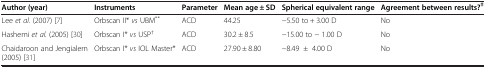
<table><thead><tr><td><b>Author (year)</b></td><td><b>Instruments</b></td><td><b>Parameter</b></td><td><b>Mean age ± SD</b></td><td><b>Spherical equivalent range</b></td><td><b>Agreement between results?<sup>‡</sup></b></td></tr></thead><tbody><tr><td>Lee <i>et al.</i> (2007)[7]</td><td>Orbscan II* <i>vs</i> UBM<sup>**</sup></td><td>ACD</td><td>44.25</td><td>-5.50 to + 3.00 D</td><td>No</td></tr><tr><td>Hashemi <i>et al.</i> (2005)[30]</td><td>Orbscan I* <i>vs</i> USP<sup>†</sup></td><td>ACD</td><td>30.2 ± 8.5</td><td>-15.00 to - 1.00 D</td><td>No</td></tr><tr><td>Chaidaroon and Jengialern (2005)[31]</td><td>Orbscan I* <i>vs</i> IOL Master*</td><td>ACD</td><td>27.90 ± 8.80</td><td>-8.49±4.00 D</td><td>No</td></tr></tbody></table>